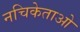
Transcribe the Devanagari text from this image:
नचिकेताओ